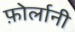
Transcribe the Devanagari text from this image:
फ़ोर्लानी